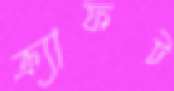
ক্র্যাফট